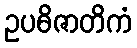
ဥပဓိဇာတိကံ